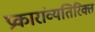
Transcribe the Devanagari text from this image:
प्रकारांव्यतिरिक्त